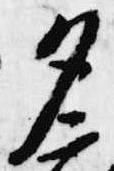
夕